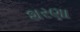
શરણા